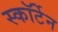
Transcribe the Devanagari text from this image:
स्कॉर्टेन